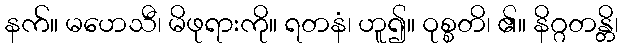
နက်။ မဟေသီ၊ မိဖုရားကို။ ရတနံ၊ ဟူ၍။ ဝုစ္စတိ၊ ၏။ နိဂ္ဂတန္တိ၊